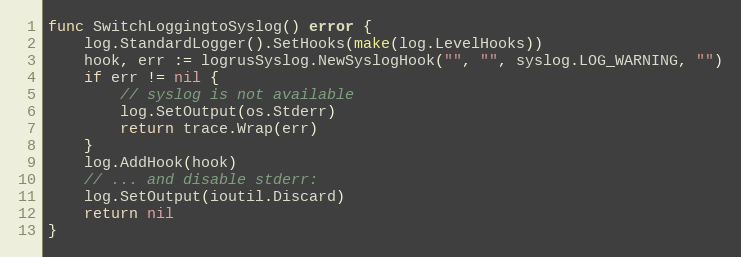
Language: Go
func SwitchLoggingtoSyslog() error {
	log.StandardLogger().SetHooks(make(log.LevelHooks))
	hook, err := logrusSyslog.NewSyslogHook("", "", syslog.LOG_WARNING, "")
	if err != nil {
		// syslog is not available
		log.SetOutput(os.Stderr)
		return trace.Wrap(err)
	}
	log.AddHook(hook)
	// ... and disable stderr:
	log.SetOutput(ioutil.Discard)
	return nil
}